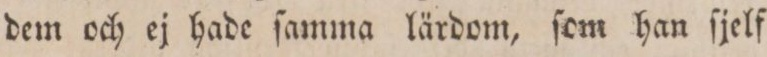
dem och ej hade ſamma lärdom, ſom han ſjelf